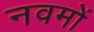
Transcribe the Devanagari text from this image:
नवमों